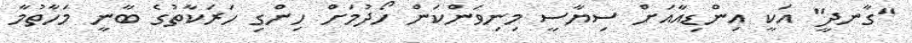
"ގާނދީ" އަކީ އިންޑިއާއަށް ސިޔާސީ މިނިވަންކަން ހޯދުމަށް ހިންގި ހަރަކާތުގެ ބާނީ މަހާތުމާ